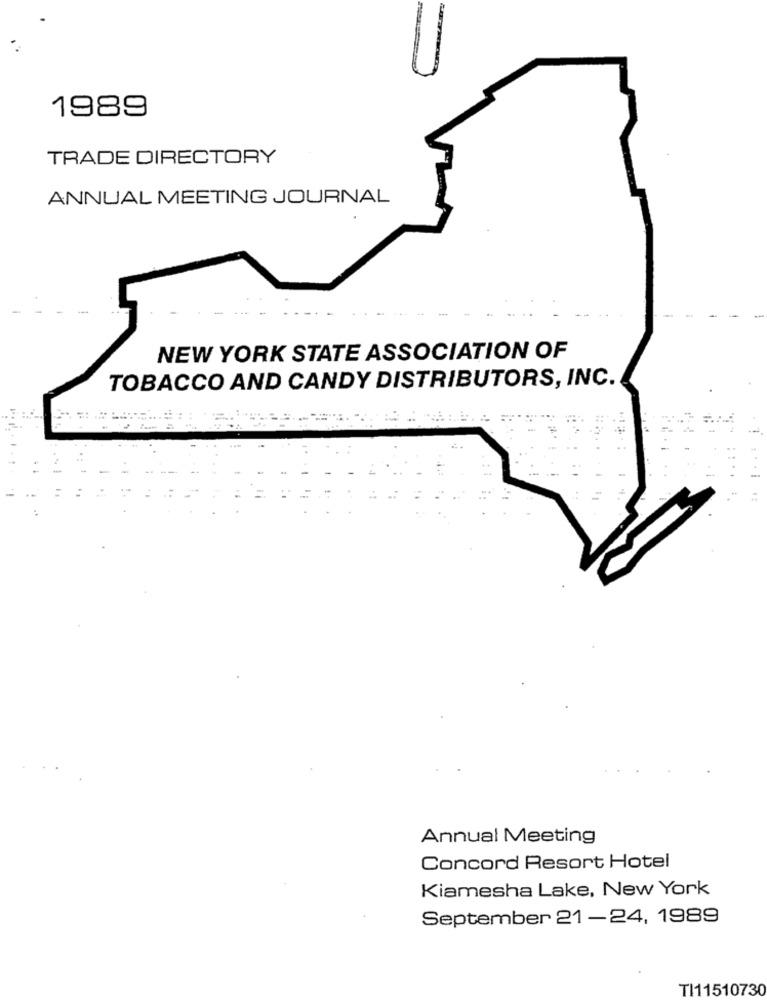
1989
TRADE DIRECTORY
ANNUAL MEETING JOURNAL
NEW YORK STATE ASSOCIATION OF
TOBACCO AND CANDY DISTRIBUTORS, INC.
Annual Meeting
Concord Resort Hotel
Kiamesha Lake, New York
September 21-24, 1989
TI11510730